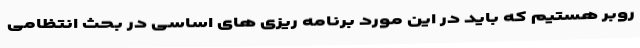
روبر هستیم که باید در این مورد برنامه ریزی های اساسی در بحث انتظامی